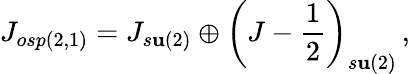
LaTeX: J_{osp(2,1)}=J_{s\mathbf{u}(2)}\oplus\left(J-\frac{{1}}{{2}}\right)_{s\mathbf{u}(2)}\, ,